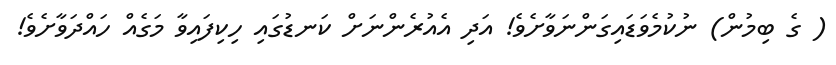
( ގެ ބިމުން) ނުކުމެވަޑައިގަންނަވާށެވެ! އަދި އެއުރެންނަށް ކަނޑުގައި ހިކިފައިވާ މަގެއް ހައްދަވާށެވެ!